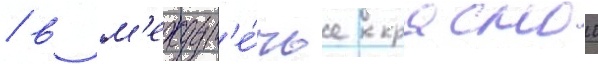
/ в м'еждур'е́чье краснои